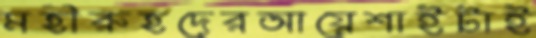
মহীরুহদেরআয়েশাইটাই